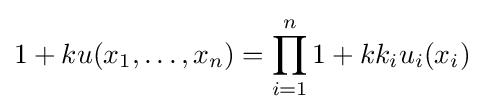
1+ku(x_{1},\dots ,x_{n})=\prod _{i=1}^{n}{1+kk_{i}u_{i}(x_{i})}